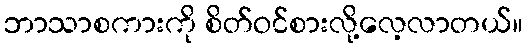
ဘာသာစကားကို စိတ်ဝင်စားလို့လေ့လာတယ်။